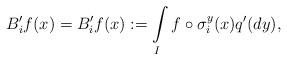
LaTeX: \begin{align*}B_i' f(x)=B_i' f(x):=\int\limits_I f \circ \sigma_i^y (x)q'(dy),\end{align*}